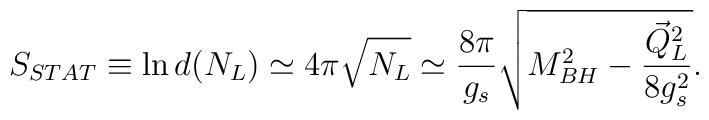
S_{STAT} \equiv {\rm ln}\,d(N_L)\simeq 4\pi\sqrt{N_L} \simeq {{8\pi}\over {g_s}}\sqrt{M^2_{BH}-{{\vec{Q}^2_L}\over {8g^2_s}}}.